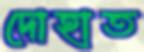
দোহাত